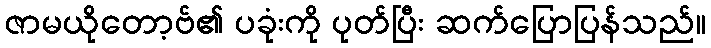
ဇာမယိုတော့ဗ်၏ ပခုံးကို ပုတ်ပြီး ဆက်ပြောပြန်သည်။